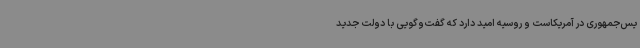
یس‌جمهوری در آمریکاست و روسیه امید دارد که گفت‌وگویی با دولت جدید